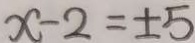
x - 2 = \pm 5